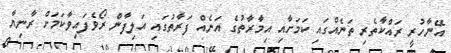
އޭނާހުރީ ރައްކާތެރި ތަނެއްގައި ކަމަށާއި އިމާރާތުގެ އަނެއް ފަރާތުގައި އަލިފާން ރޯވެފައިވާކަމަށް ރާނިޔާ